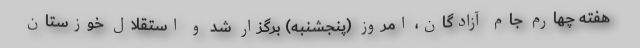
هفته چهارم جام آزادگان، امروز (پنجشنبه) برگزار شد و استقلال خوزستان